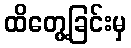
ထိတွေ့ခြင်းမှ